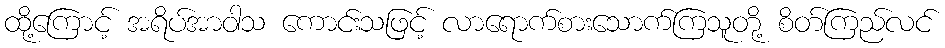
ထို့ကြောင့် အရိပ်အာဝါသ ကောင်းသဖြင့် လာရောက်စားသောက်ကြသူတို့ စိတ်ကြည်လင်